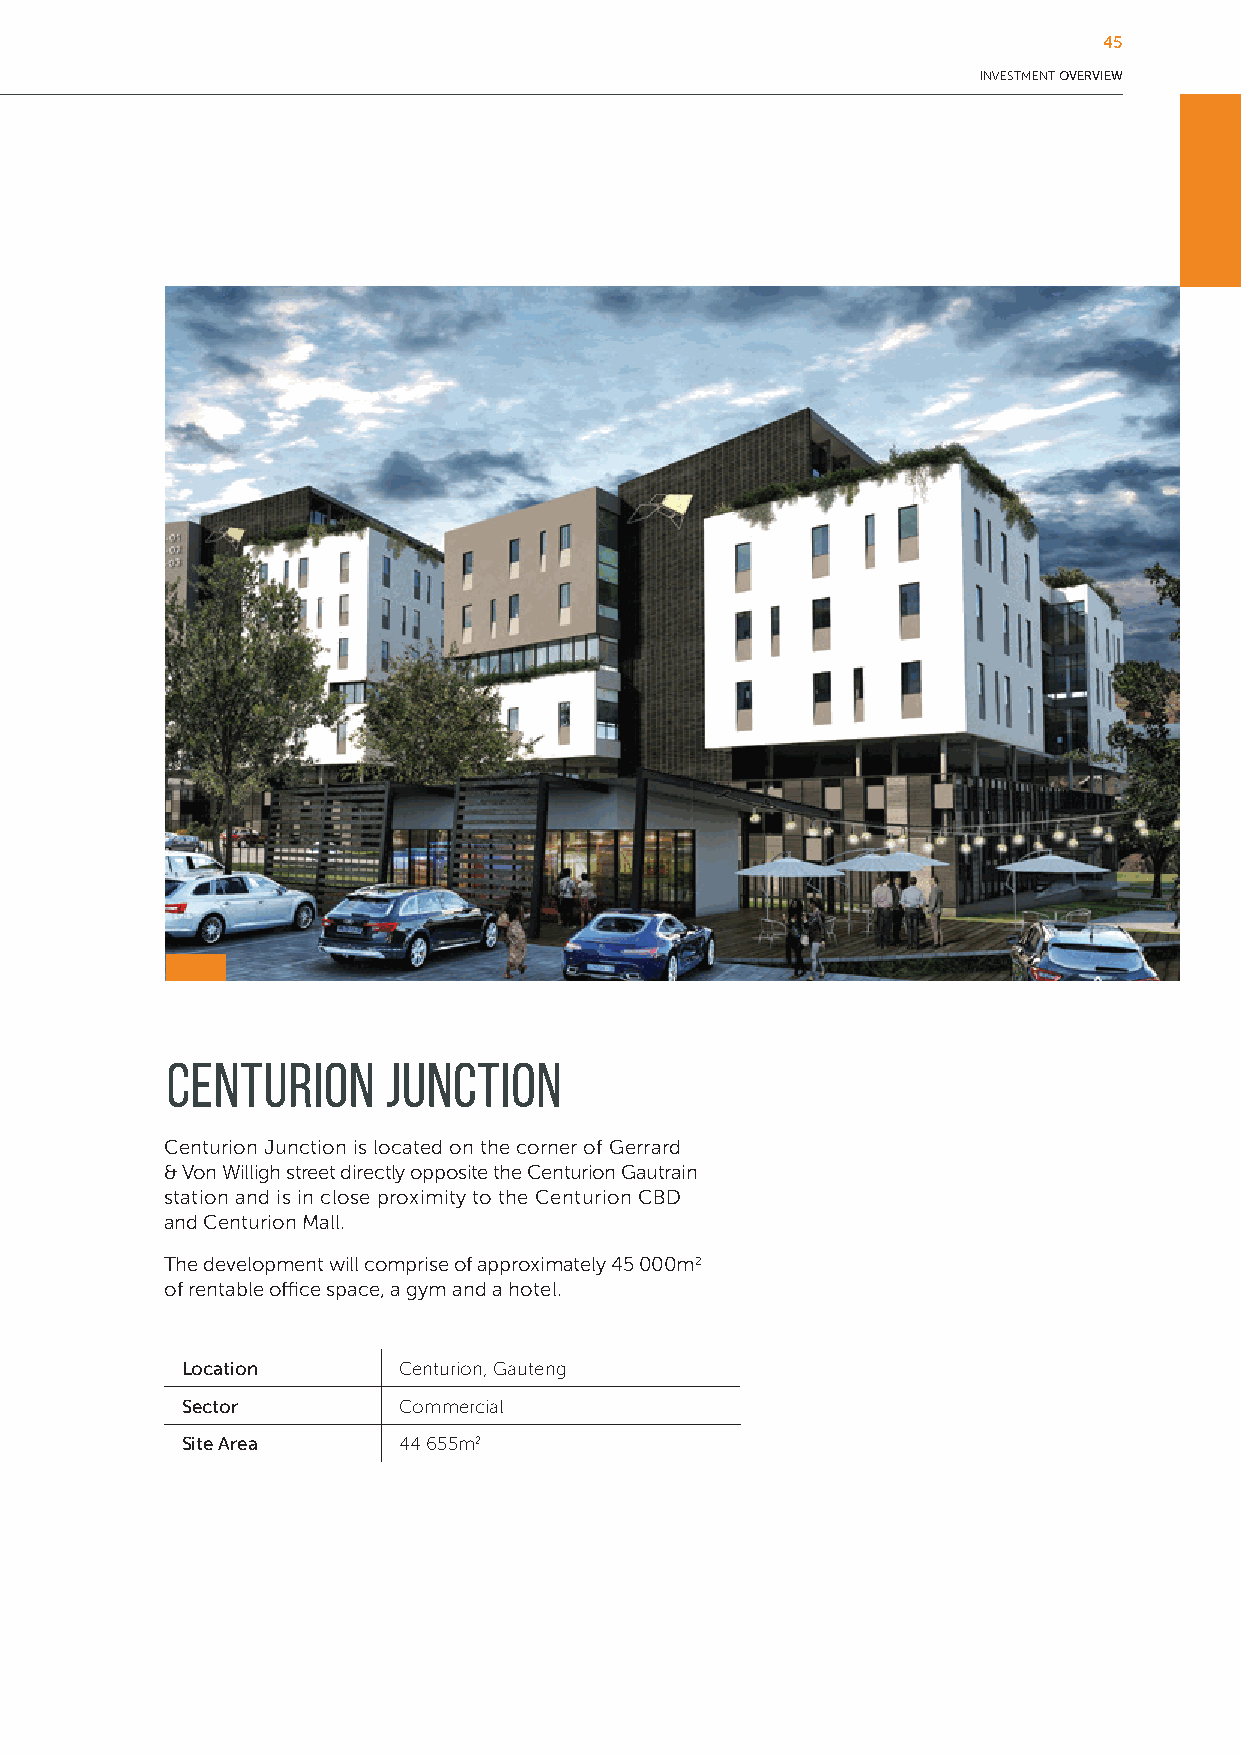
45
 INVESTMENT OVERVIEW
 54
 CENTURION      JUNCTION
 Centurion Junction is located on the corner of Gerrard
 & Von Willigh street directly opposite the Centurion Gautrain
 station and is in close proximity to the Centurion CBD
 and Centurion Mall.
 The development will comprise of approximately 45 000m2
 of rentable office space, a gym and a hotel.
 Location      Centurion, Gauteng
 Sector        Commercial
 Site Area     44 655m2